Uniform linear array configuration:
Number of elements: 4
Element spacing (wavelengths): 0.5
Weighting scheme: hann
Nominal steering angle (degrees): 45
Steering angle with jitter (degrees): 45.292
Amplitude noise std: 0.05
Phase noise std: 0.05

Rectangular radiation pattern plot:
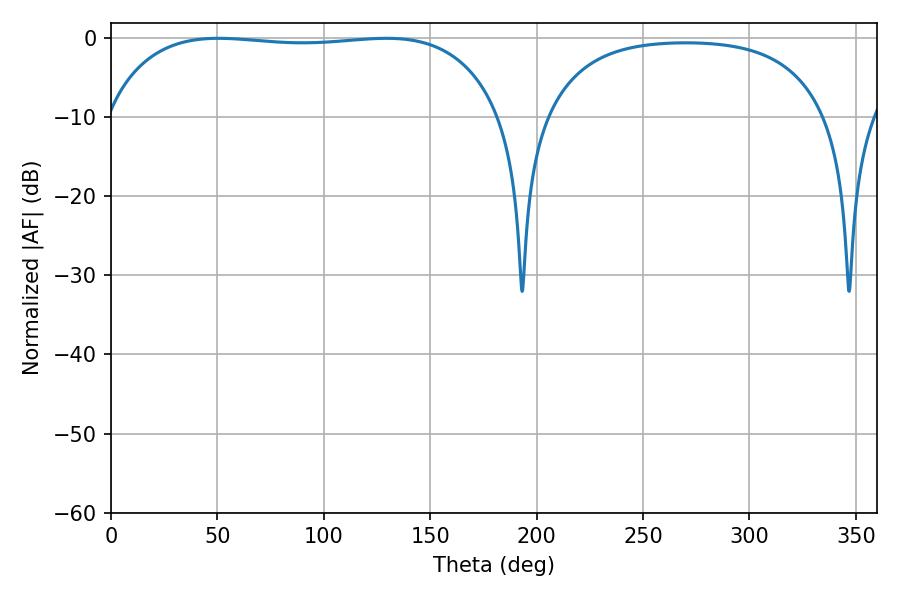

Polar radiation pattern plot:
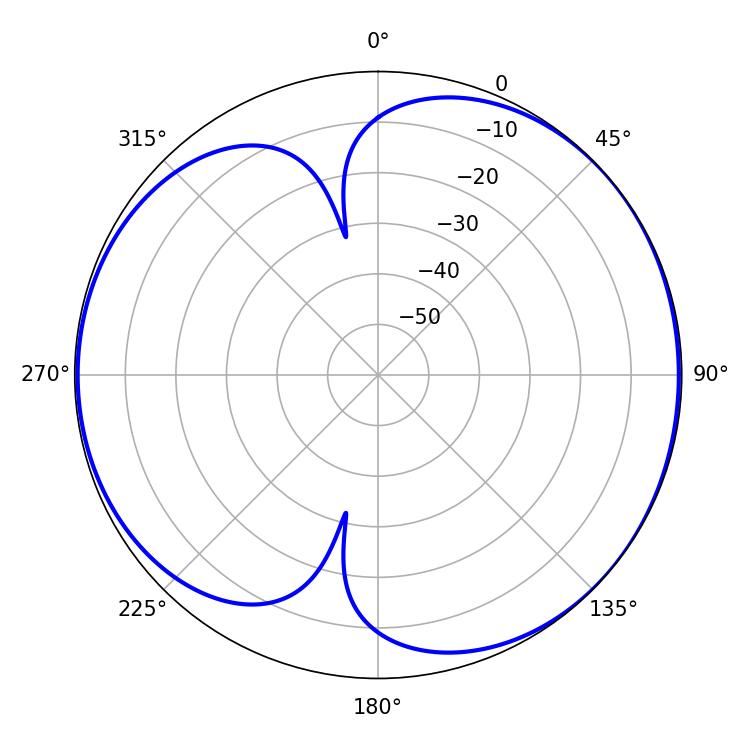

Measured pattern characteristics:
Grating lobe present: FALSE
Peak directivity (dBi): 5.322
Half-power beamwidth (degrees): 148.32
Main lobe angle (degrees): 50.58